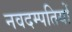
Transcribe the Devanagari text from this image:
नवदम्पतियों